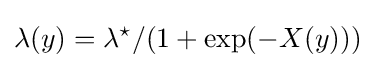
\lambda (y)=\lambda ^{\star }/(1+\exp(-X(y)))